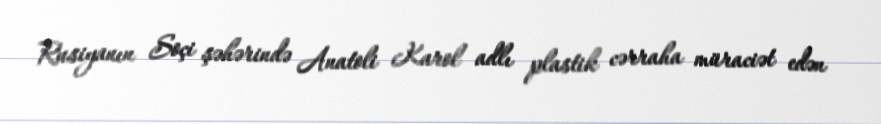
Rusiyanın Soçi şəhərində Anatoli Karol adlı plastik cərraha müraciət edən